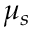
\mu _ { s }